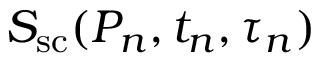
S _ { \mathrm { s c } } ( P _ { n } , t _ { n } , \tau _ { n } )